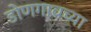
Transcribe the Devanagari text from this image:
डोणगावच्या